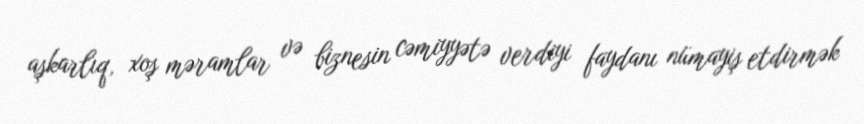
aşkarlıq, xoş məramlar və biznesin cəmiyyətə verdiyi faydanı nümayiş etdirmək